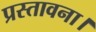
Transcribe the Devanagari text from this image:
प्रस्तावना।